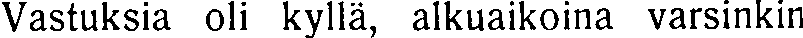
Vastuksia oli kyllä, alkuaikoina varsinkin